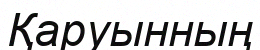
Қаруынның